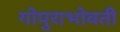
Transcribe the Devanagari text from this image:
गोपुराभोवती